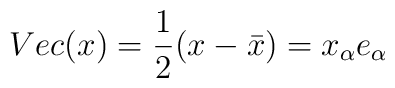
Vec(x)=\frac{1}{2}(x-\bar{x}) = x_\alpha e_\alpha